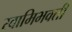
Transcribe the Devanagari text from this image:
स्वामिभक्ती